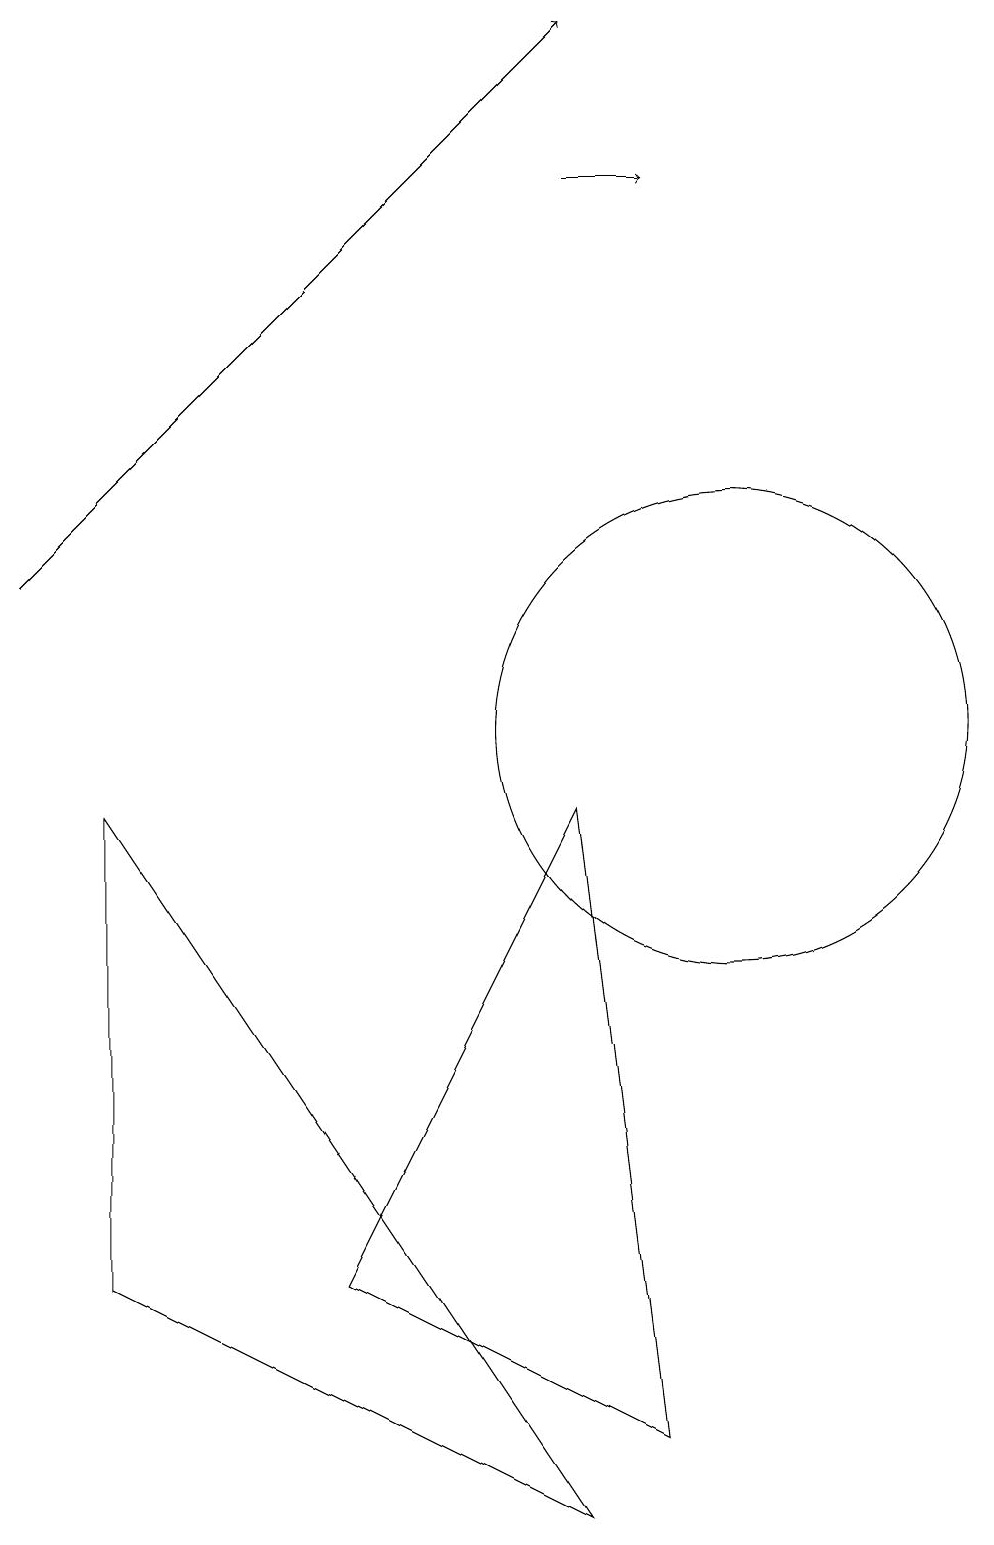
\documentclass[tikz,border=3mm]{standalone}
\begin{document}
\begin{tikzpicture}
\draw (8,9) -- (9,1) -- (5,3) -- cycle;
\draw (2,9) -- (8,0) -- (2,3) -- cycle;
\draw[->] (1,12) -- (8,19);
\draw (10,10) circle (3);
\draw[->] (8,17) -- (9,17);
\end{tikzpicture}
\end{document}